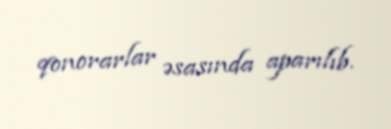
qonorarlar əsasında aparılıb.